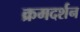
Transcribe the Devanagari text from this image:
क्रमदर्शन